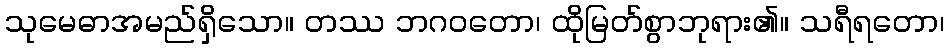
သုမေဓာအမည်ရှိသော။ တဿ ဘဂဝတော၊ ထိုမြတ်စွာဘုရား၏။ သရီရတော၊